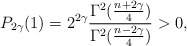
\begin{align*}P_{2\gamma}(1)= 2^{2\gamma}\frac{\Gamma^2(\frac{n+2\gamma}{4})}{\Gamma^2(\frac{n-2\gamma}{4})}>0,\end{align*}